Resolution. No. 1369 Ex.
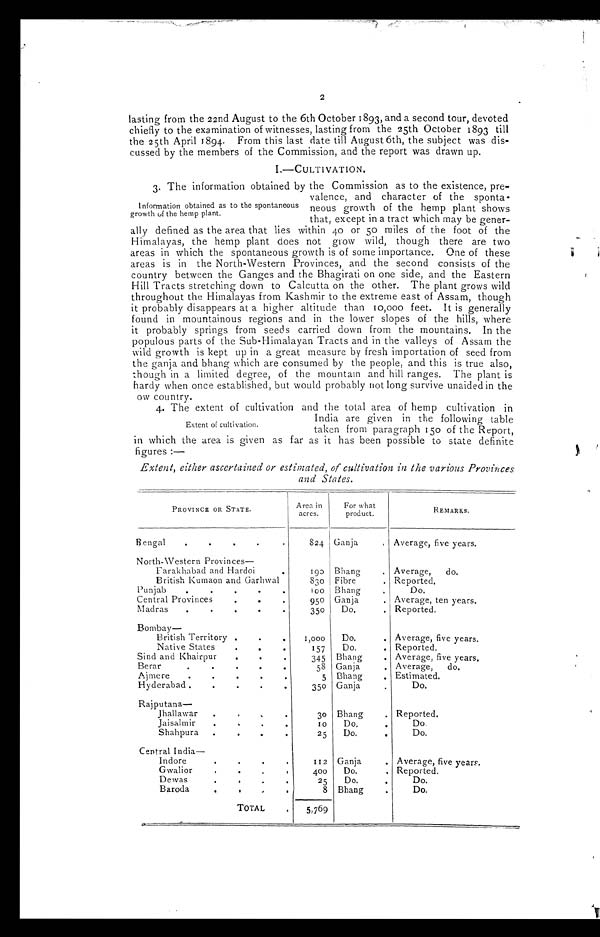
2
lasting from the 22nd August to the 6th October 1893, and a second tour, devoted
chiefly to the examination of witnesses, lasting from the 25th October 1893 till
the 25th April 1 894. From this last date till August 6th, the subject was dis-
cussed by the members of the Commission, and the report was drawn up.
I.—CULTIVATION.
3. The information obtained by the Commission as to the existence, pre-
Information obtained as to the spontaneous
growth of the hemp plant.
valence, and character of the sponta-
neous growth of the hemp plant shows
that, except in a tract which may be gener-
ally defined as the area that lies within 40 or 50 miles of the foot of the
Himalayas, the hemp plant does not grow wild, though there are two
areas in which the spontaneous growth is of some importance. One of these
areas is in the North-Western Provinces, and the second consists of the
country between the Ganges and the Bhagirati on one side, and the Eastern
Hill Tracts stretching down to Calcutta on the other. The plant grows wild
throughout the Himalayas from Kashmir to the extreme east of Assam, though
it probably disappears at a higher altitude than 10,000 feet. It is generally
found in mountainous regions and in the lower slopes of the hills, where
it probably springs from seeds carried down from the mountains. In the
populous parts of the Sub-Himalayan Tracts and in the valleys of Assam the
wild growth is kept up in a great measure by fresh importation of seed from
the ganja and bhang which are consumed by the people, and this is true also,
tthough in a limited degree, of the mountain and hill ranges. The plant is
hardy when once established, but would probably not long survive unaided in the
ow country.
4. The extent of cultivation and the total area of hemp cultivation in
India are given in the following table
taken from paragraph 150 of the Report,
in which the area is given as tar as it has been possible to state definite
figures:—
Extent, either ascertained or estimated, of cultivation in the various Provinces
and States.
PROVINCE OR STATE.
Area A
in i
acres.
For F
w what
product.
REMARKS.
Bengal
.
.
.
.
.
824 Ganja
, Average, five years.
North-Western Provinces
Farakhabad and Hardoi
•
British Kumaon and Garhwal
Punjab
.
.
.
.
Central Provinces
.
.
•
Madras
.
.
.
.
.
190
830
100
95o
35o
Bhang
.
Fibre
.
Bhang b
•
Ganja
.
Do.
.
,
Average,
do.
Reported,
Do.
Average, ten years.
Reported.
Bombay
British Territory .
•
Native States
.
.
.
Sind and Khairpur
•
.
Berar
.
.
.
.
Ajmere
.
.
•
.
.
Hyderabad .
.
.
.
.
1,000
157
345
58
5
35o
Do.
.
Do.
.
Bang
Ganja
.
Bhang
.
Ganja
.
Average, five years.
Reported.
Average, five years,
Average,
do.
Estimated.
Do.
Rajputana-
Jhallawar
.
,
,
.
Jaisalmir
.
,
.
.
Shahpura
.
.
.
.
3o
1 0
25
Bhang
.
Do,.
Do.
Reported.
Do.
Central India-
Indore
.
.
.
.
Gwalior
.
.
.
,
Dewas
.
'
.
.
Baroda
.
.
.
.
112
400
25
8
Ganja
.
Do,
,
Do.
.
Bhang
•
Average, five years.
Reported.
Do.
Do.
TOTAL
.
,_._
5,769
Extent of cultivation.